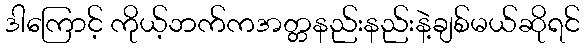
ဒါကြောင့် ကိုယ့်ဘက်ကအတ္တနည်းနည်းနဲ့ချစ်မယ်ဆိုရင်